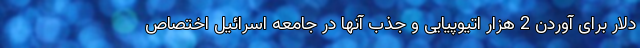
دلار برای آوردن 2 هزار اتیوپیایی و جذب آنها در جامعه اسرائیل اختصاص